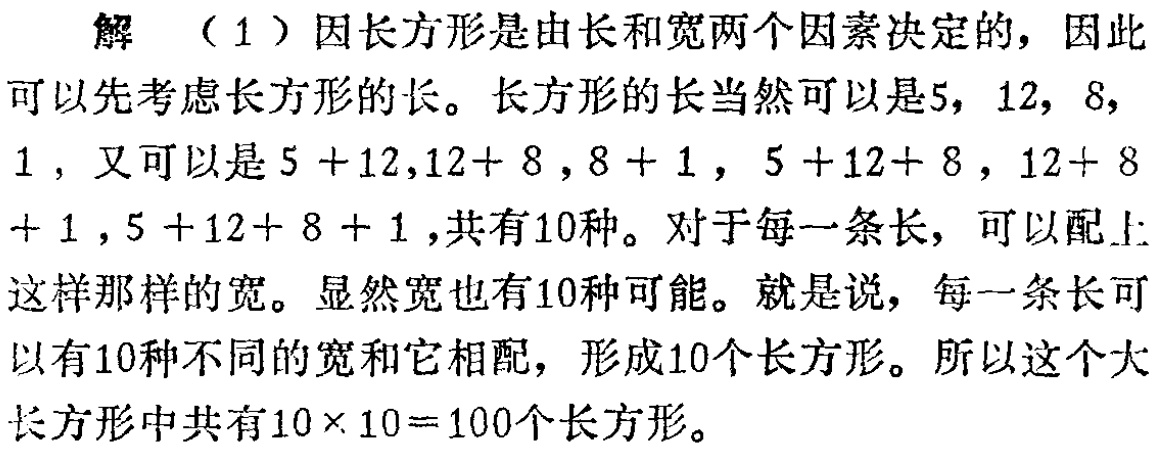
解 （1）因长方形是由长和宽两个因素决定的，因此可以先考虑长方形的长。长方形的长当然可以是\(5, 12, 8, 1\)，又可以是\(5 + 12,12 + 8,8 + 1, 5 + 12+ 8, 12 + 8+ 1,5 + 12+ 8 + 1\)，共有\(10\)种。对于每一条长，可以配上这样那样的宽。显然宽也有\(10\)种可能。就是说，每一条长可以有\(10\)种不同的宽和它相配，形成\(10\)个长方形。所以这个大长方形中共有\(10\times 10 = 100\)个长方形。